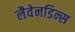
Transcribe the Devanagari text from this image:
लैवेनडिन्स